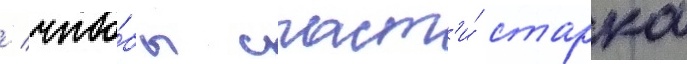
/ что́бы спаст'и́ старка